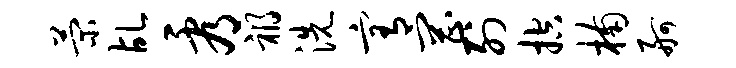
菊乩看祸洗宥罔列控楠舸